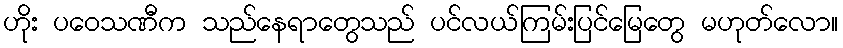
ဟိုး ပဝေသဏီက သည်နေရာတွေသည် ပင်လယ်ကြမ်းပြင်မြေတွေ မဟုတ်လော။